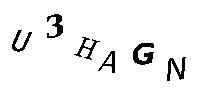
U3HAGN